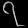
Digit: ၇